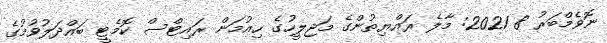
ނޮވެމްބަރު 8 2021: މާލެ ރައްޔިތުންގެ މަޖިލީހުގެ ހިއުމަން ރައިޓްސް ކޮމެޓީ ބައްދަލުވުމުގެ